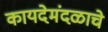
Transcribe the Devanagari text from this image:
कायदेमंदळाचे